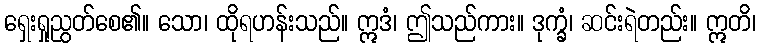
ရှေးရှုညွတ်စေ၏။ သော၊ ထိုရဟန်းသည်။ ဣဒံ၊ ဤသည်ကား။ ဒုက္ခံ၊ ဆင်းရဲတည်း။ ဣတိ၊